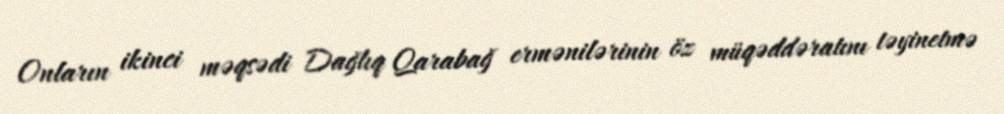
Onların ikinci məqsədi Dağlıq Qarabağ ermənilərinin öz müqəddəratını təyinetmə